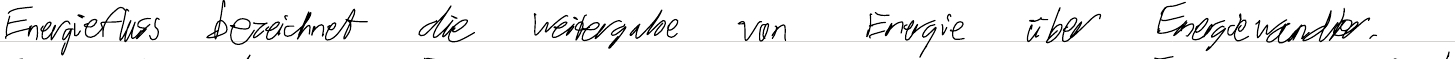
Energiefluss bezeichnet die Weitergabe von Energie über Energiewandler.